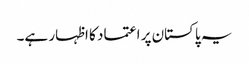
یہ پاکستان پر اعتماد کا اظہار ہے۔